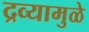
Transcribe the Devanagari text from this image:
द्रव्यामुळे